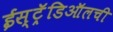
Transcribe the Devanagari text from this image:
ईस्ट्रॅडिऑलची